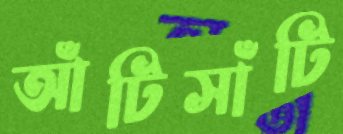
আঁটিসাঁটি